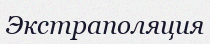
Экстраполяция